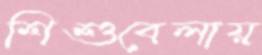
শিশুবেলায়